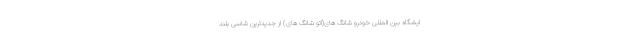
ایشگاه بین المللی خودرو شانگ های(اتو شانگ های) از جدیدترین شاسی بلند